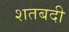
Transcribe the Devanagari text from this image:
शतबदी